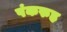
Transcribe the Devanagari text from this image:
पंकरुह